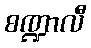
စဏ္ဍာလီ